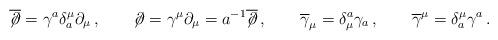
LaTeX: \begin{align*}\overline {\not\! \partial}=\gamma ^a \delta _a^\mu\partial _\mu\,,\qquad \not\! \partial=\gamma^\mu \partial _\mu =a^{-1}\overline {\not\! \partial}\,,\qquad \overline{\gamma }_\mu =\delta_\mu ^a\gamma_a \,,\qquad \overline{\gamma }^\mu =\delta ^\mu_a\gamma^a\,. \end{align*}